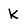
Character: K